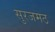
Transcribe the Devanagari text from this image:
सुरजमठ